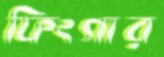
ফিংগার